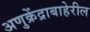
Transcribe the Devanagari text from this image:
अणुक्रेंद्राबाहेरील